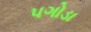
પગોડા